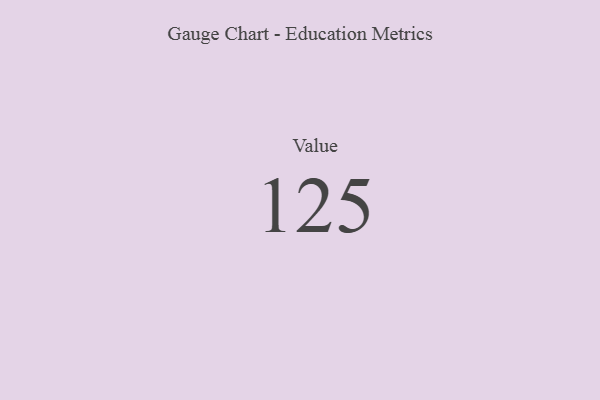
{"axis": {"x": "Metric", "y": "Value"}, "legend": [""], "data": [{"x": "Value", "y": 125, "type": ""}]}